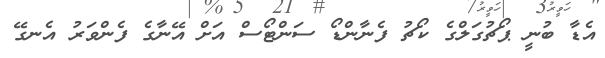
އެޑާ ބުނީ ޕޯޗުގަލްގެ ކޯޗު ފެނާންޑޯ ސަންޓޯސް އަށް އޭނާގެ ފެންވަރު އެނގޭ